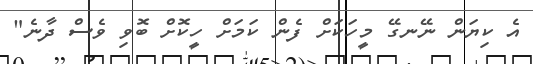
އެ ކިޔަން ނޭނގޭ މީހަކަށް ފެން ކަމަށް ހީކޮށް ބޮވި ވެސް ދާނެ"